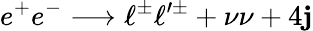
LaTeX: e^{+}e^{-}\longrightarrow\ell^{\pm}\ell^{\prime\pm}+\nu\nu+4\mathbf{j}